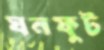
ঘনফুট